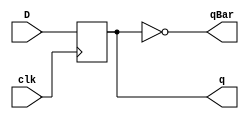
module MetastabilityDFlipFlop(q, qBar, D, clk);
	input D, clk;
	output q, qBar;
	reg q;
	not n1 (qBar, q);
		always@ (posedge clk)
		begin
			q <= D;
		end
endmodule